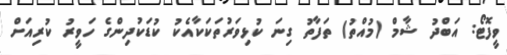
ވީފޮޓޯ: އަބްދު ޝާމް (މުއްތު) ތަފާތު ގިނަ ކުޅިވަރުތަކަކާއެކު ކުޑަކުދިންގެ ހަވީރު ކުރިއަށް